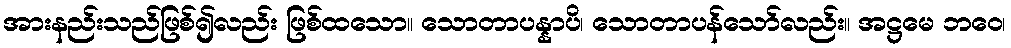
အားနည်းသည်ဖြစ်၍လည်း ဖြစ်ထသော။ သောတာပန္နာပိ၊ သောတာပန်သော်လည်း။ အဋ္ဌမေ ဘဝေ၊